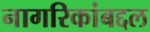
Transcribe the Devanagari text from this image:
नागरिकांबद्दल